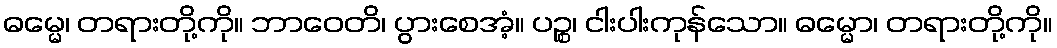
ဓမ္မေ၊ တရားတို့ကို။ ဘာဝေတိ၊ ပွားစေအံ့။ ပဉ္စ၊ ငါးပါးကုန်သော။ ဓမ္မော၊ တရားတို့ကို။